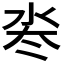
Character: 𬇜